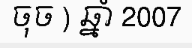
ចុច ) ឆ្នាំ 2007